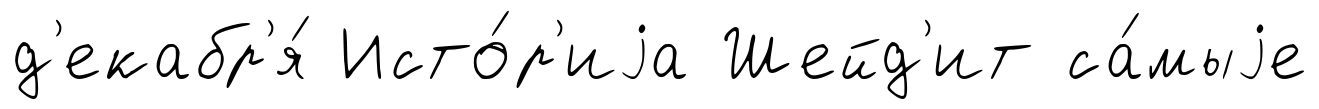
д'екабр'я́ Исто́р'иjа Шейд'ит са́мыjе